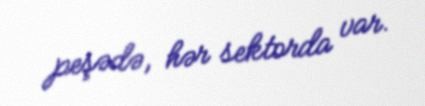
peşədə, hər sektorda var.